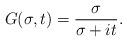
LaTeX: \begin{align*}G(\sigma,t) = \frac{\sigma}{\sigma + it}.\end{align*}